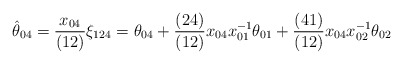
\begin{align*} \hat \theta_{04} = {x_{04} \over (12)} \xi_{124} = \theta_{04} +{(24)\over (12)}x_{04}x^{-1}_{01}\theta_{01} + {(41)\over (12)}x_{04}x^{-1}_{02}\theta_{02}\end{align*}